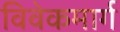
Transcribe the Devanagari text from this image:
विवेकमार्ग